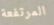
المرتفعة